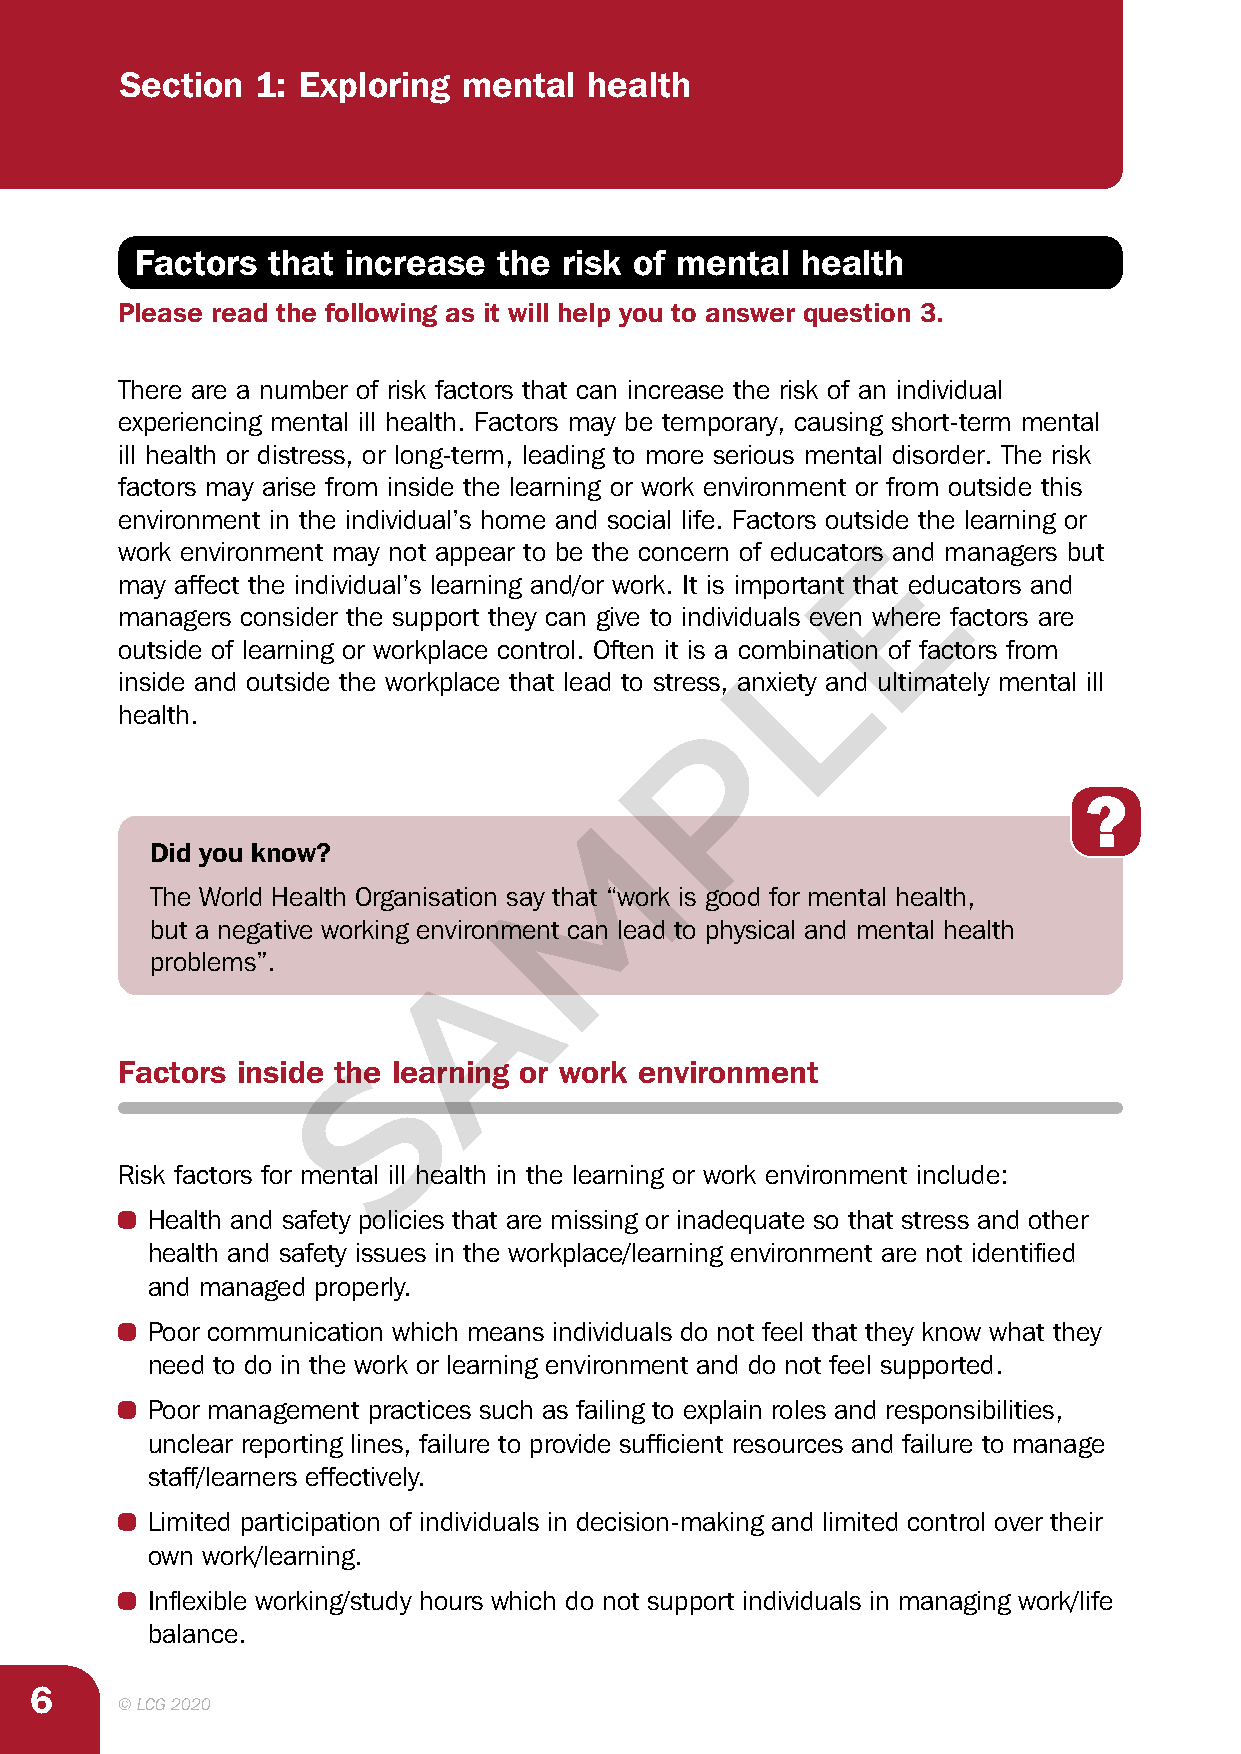
Section  1: Exploring  mental  health
 Factors  that increase  the risk of mental  health
 Please read the following as it will help you to answer question 3.
 There are a number of risk factors that can increase the risk of an individual
 experiencing mental ill health. Factors may be temporary, causing short-term mental
 ill health or distress, or long-term, leading to more serious mental disorder. The risk
 factors may arise from inside the learning or work environment or from outside this
 environment in the individual’s home and social life. Factors outside the learning or
 E
 work environment may not appear to be the concern of educators and managers but
 may affect the individual’s learning and/or work. It is important that educators and
 managers consider the support they can give to individuals even where factors are
 L
 outside of learning or workplace control. Often it is a combination of factors from
 inside and outside the workplace that lead to stress, anxiety and ultimately mental ill
 health.                               P
 M
 Did you know?
 The World Health Organisation say that “work is good for mental health,
 but a negative working environment can lead to physical and mental health
 A
 problems”.
 S
 Factors inside the learning or work environment
 Risk factors for mental ill health in the learning or work environment include:
 • Health and safety policies that are missing or inadequate so that stress and other
 health and safety issues in the workplace/learning environment are not identified
 and managed properly.
 • Poor communication which means individuals do not feel that they know what they
 need to do in the work or learning environment and do not feel supported.
 • Poor management practices such as failing to explain roles and responsibilities,
 unclear reporting lines, failure to provide sufficient resources and failure to manage
 staff/learners effectively.
 • Limited participation of individuals in decision-making and limited control over their
 own work/learning.
 • Inflexible working/study hours which do not support individuals in managing work/life
 balance.
 6
 © LCG 2020